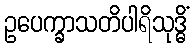
ဥပေက္ခာသတိပါရိသုဒ္ဓိံ